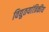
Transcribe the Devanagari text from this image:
विद्युतयांत्रिकीय